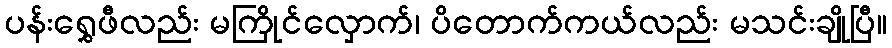
ပန်းရွှေဖီလည်း မကြိုင်လှောက်၊ ပိတောက်ကယ်လည်း မသင်းချိုပြီ။